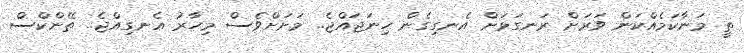
ތީ މަނާކަމެއްކަން ވަރަށް ރަނގަޅަށް އެނގިގެން ހިނަޖައްޖެ.. މަށަށްވެސް މިހާރު އެނގިއްޖެ.. ތޭންކްސް